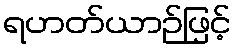
ရဟတ်ယာဉ်ဖြင့်